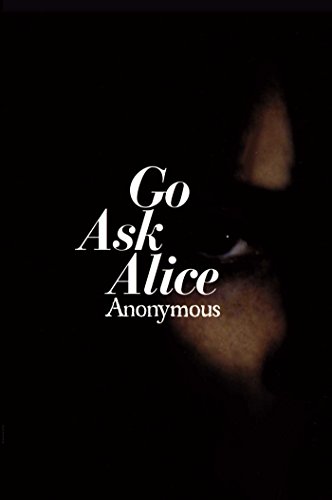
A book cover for Go Ask Alice; Anonymous; Teen & Young Adult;